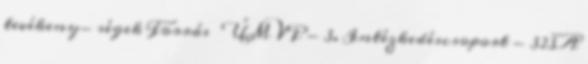
tevékeny- ségek Forrás ▪ÚMVP - 3. Intézkedéscsoport - 323A